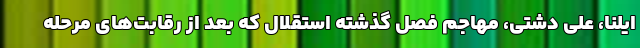
ایلنا، علی دشتی، مهاجم فصل گذشته استقلال که بعد از رقابت‌های مرحله